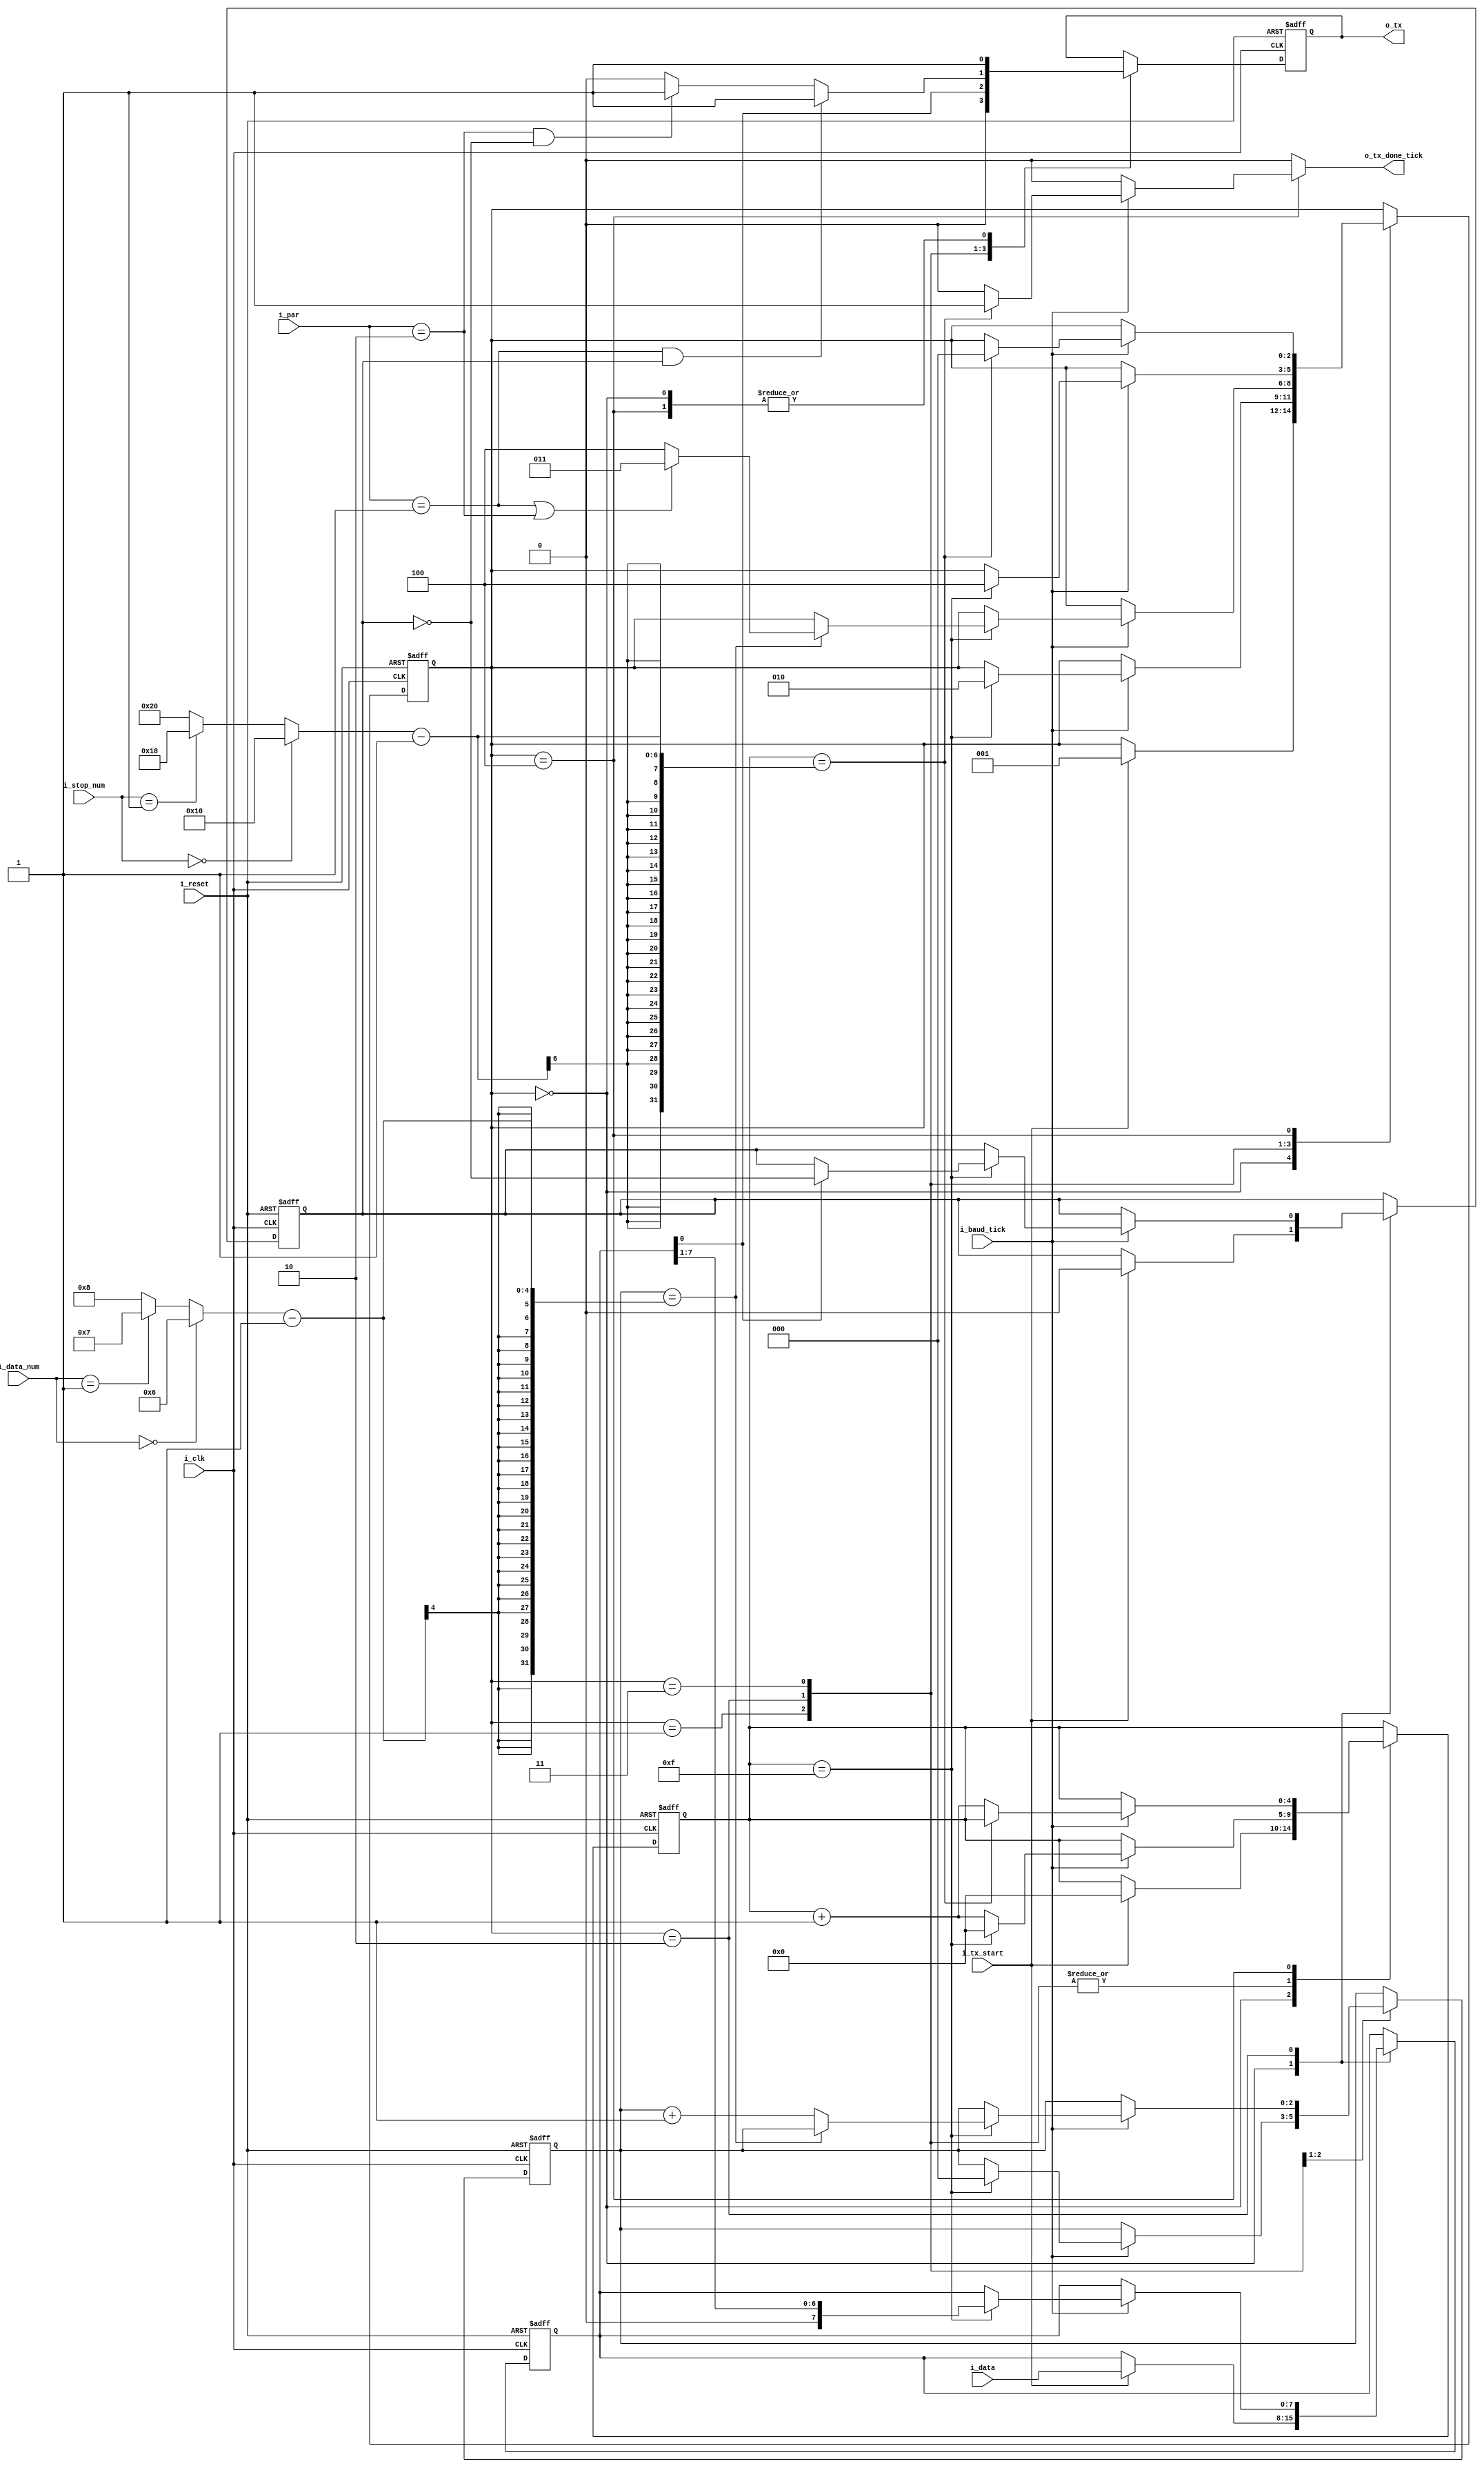
module uart_tx_full(
    input i_clk, i_reset, 
    input i_tx_start,           //receive bit
    input i_baud_tick,          //enable start tick from baud rate generator. samples 16 times per bit
    input [1:0] i_data_num,      //number of data bits: 00 is 6 bits, 01 is 7 bits, 10 is 8 bits
    input [1:0] i_stop_num,      //number of stop bits: 00 is 1 bit, 01 is 1.5 bits, 10 is 2 bits
    input [1:0] i_par,           //specifies parity scheme: 00 is no parity, 01 is even parity, 10 is odd parity
    input [7:0] i_data,
    output reg o_tx_done_tick, 
    output o_tx
    );
              
    localparam [2:0] idle   = 3'b000, 
                     start  = 3'b001, 
                     data   = 3'b010, 
                     parity = 3'b011,
                     stop   = 3'b100;
                     
    reg [2:0]      s_state_reg, s_state_next;  //state register
    reg [4:0]      s_s_reg,     s_s_next;      //reg for 16 tick samples per bit
    reg [2:0]      s_n_reg,     s_n_next;      //n keeps track of sampling data bit
    reg [7:0]      s_b_reg,     s_b_next;      //reg to store received data bits, max set by DBIT parameter
    reg            s_tx_reg,    s_tx_next;     //1 bit output buffer to avoid glitches
    reg            s_parity_reg, s_parity_next; //if 0, even number of ones. if 1, odd number of one bits received

    
    wire [3:0] s_dbit_num; //either 6, 7, or 8 data bits
    wire [5:0] s_stop_num; //either 16. 24. or 32 for 1, 1.5, or 2 stop bits
        
    always @(posedge i_clk, posedge i_reset)
        if(i_reset)
            begin
                s_state_reg  <= idle;
                s_s_reg      <= 0;
                s_n_reg      <= 0;
                s_b_reg      <= 0;
                s_tx_reg     <= 1'b1;
                s_parity_reg <= 1'b0;
            end
        else
            begin
                s_state_reg  <= s_state_next;
                s_s_reg      <= s_s_next;
                s_n_reg      <= s_n_next;
                s_b_reg      <= s_b_next;
                s_tx_reg     <= s_tx_next;
                s_parity_reg <= s_parity_next;
            end
    
    always @*
        begin
            //default assignments
            s_state_next  = s_state_reg;
            s_s_next      = s_s_reg;
            s_n_next      = s_n_reg;
            s_b_next      = s_b_reg;
            s_tx_next     = s_tx_reg;
            s_parity_next = s_parity_reg;
            
            o_tx_done_tick = 1'b0;
        
            case(s_state_reg)
                idle:
                    begin
                        s_tx_next = 1'b1;
                        if(i_tx_start)
                            begin
                                s_state_next = start;
                                s_s_next = 0;
                                s_b_next = i_data;
                                s_parity_next = 1'b0;
                            end
                    end
                start:
                    begin
                        s_tx_next = 1'b0;
                        if(i_baud_tick)
                            if(s_s_reg == 15)
                                begin
                                    s_state_next = data;
                                    s_s_next = 0;
                                    s_n_next = 0;
                                end
                            else 
                                s_s_next = s_s_reg + 1;
                    end
                data:
                    begin
                    s_tx_next = s_b_reg[0];
                        if(i_baud_tick)
                            if (s_s_reg == 15) //samples after 15 more ticks since goes from middle of start bit to middle of data bit
                                begin
                                    s_s_next = 0; //reset tick counter to 0
                                    s_b_next = s_b_reg >> 1; //shift transmit bits right 1 since LSB received first
                                    
                                    if (s_tx_next == 1'b1) //if 1 transmitted, alternate parity count between even and odd number of 1's
                                        s_parity_next = ~s_parity_reg;
                                    
                                    if (s_n_reg == s_dbit_num - 1) //if read last data bit
                                        s_state_next = (i_par == 2'b01 || i_par == 2'b10) ? parity : stop; //if parity bit checked, go to parity state
                                    else
                                        s_n_next = s_n_reg + 1;
                                end
                            else
                                s_s_next = s_s_reg + 1;
                     end
                parity:
                    begin
                        s_tx_next = (i_par == 2'b01) && (s_parity_reg == 1'b1) ? 1'b1 : //if even parity, transmits 1 if odd amount of 1 data bits (s_parity_reg is 1)
                                    (i_par == 2'b10) && (s_parity_reg == 1'b0) ? 1'b1 : //if odd parity, transmits 1 if even amount of 1 data bits (s_parity_reg is 0)
                                                                                 1'b0;
                        if(i_baud_tick)
                            if (s_s_reg == 15) //samples after 15 more ticks since goes from middle of start bit to middle of data bit
                                begin
                                    s_s_next = 0; //reset tick counter to 0
                                    s_state_next = stop;
                                end
                            else
                                s_s_next = s_s_reg + 1;
                    end
                stop:
                    begin
                        s_tx_next = 1'b1;
                        if(i_baud_tick)
                            if(s_s_reg == (s_stop_num - 1)) //monitors stop bit after 16 ticks by default
                                begin
                                    s_state_next = idle;
                                    o_tx_done_tick = 1'b1;
                                end
                            else
                                s_s_next = s_s_reg + 1;
                    end
            
            endcase
        end
     
     //data functions
    assign s_dbit_num = (i_data_num == 2'b00) ? 6 : //6 data bits if 00
                        (i_data_num == 2'b01) ? 7 : //7 data bits if 01
                                                8;  //else, 8 data bits if 10 (or 11)
                                         
    assign s_stop_num = (i_stop_num == 2'b00) ? 16 : //1 stop bit
                        (i_stop_num == 2'b01) ? 24 : //1.5 stop bit
                                                32;  //2 stop bit
     
     //output data
     assign o_tx = s_tx_reg;
                    
endmodule